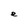
Character: e